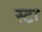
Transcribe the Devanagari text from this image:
स्टा